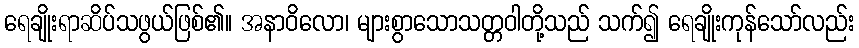
ရေချိုးရာဆိပ်သဖွယ်ဖြစ်၏။ အနာဝိလော၊ များစွာသောသတ္တဝါတို့သည် သက်၍ ရေချိုးကုန်သော်လည်း